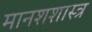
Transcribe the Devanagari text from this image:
मानशशास्त्र